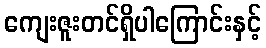
ကျေးဇူးတင်ရှိပါကြောင်းနှင့်